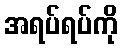
အရပ်ရပ်ကို